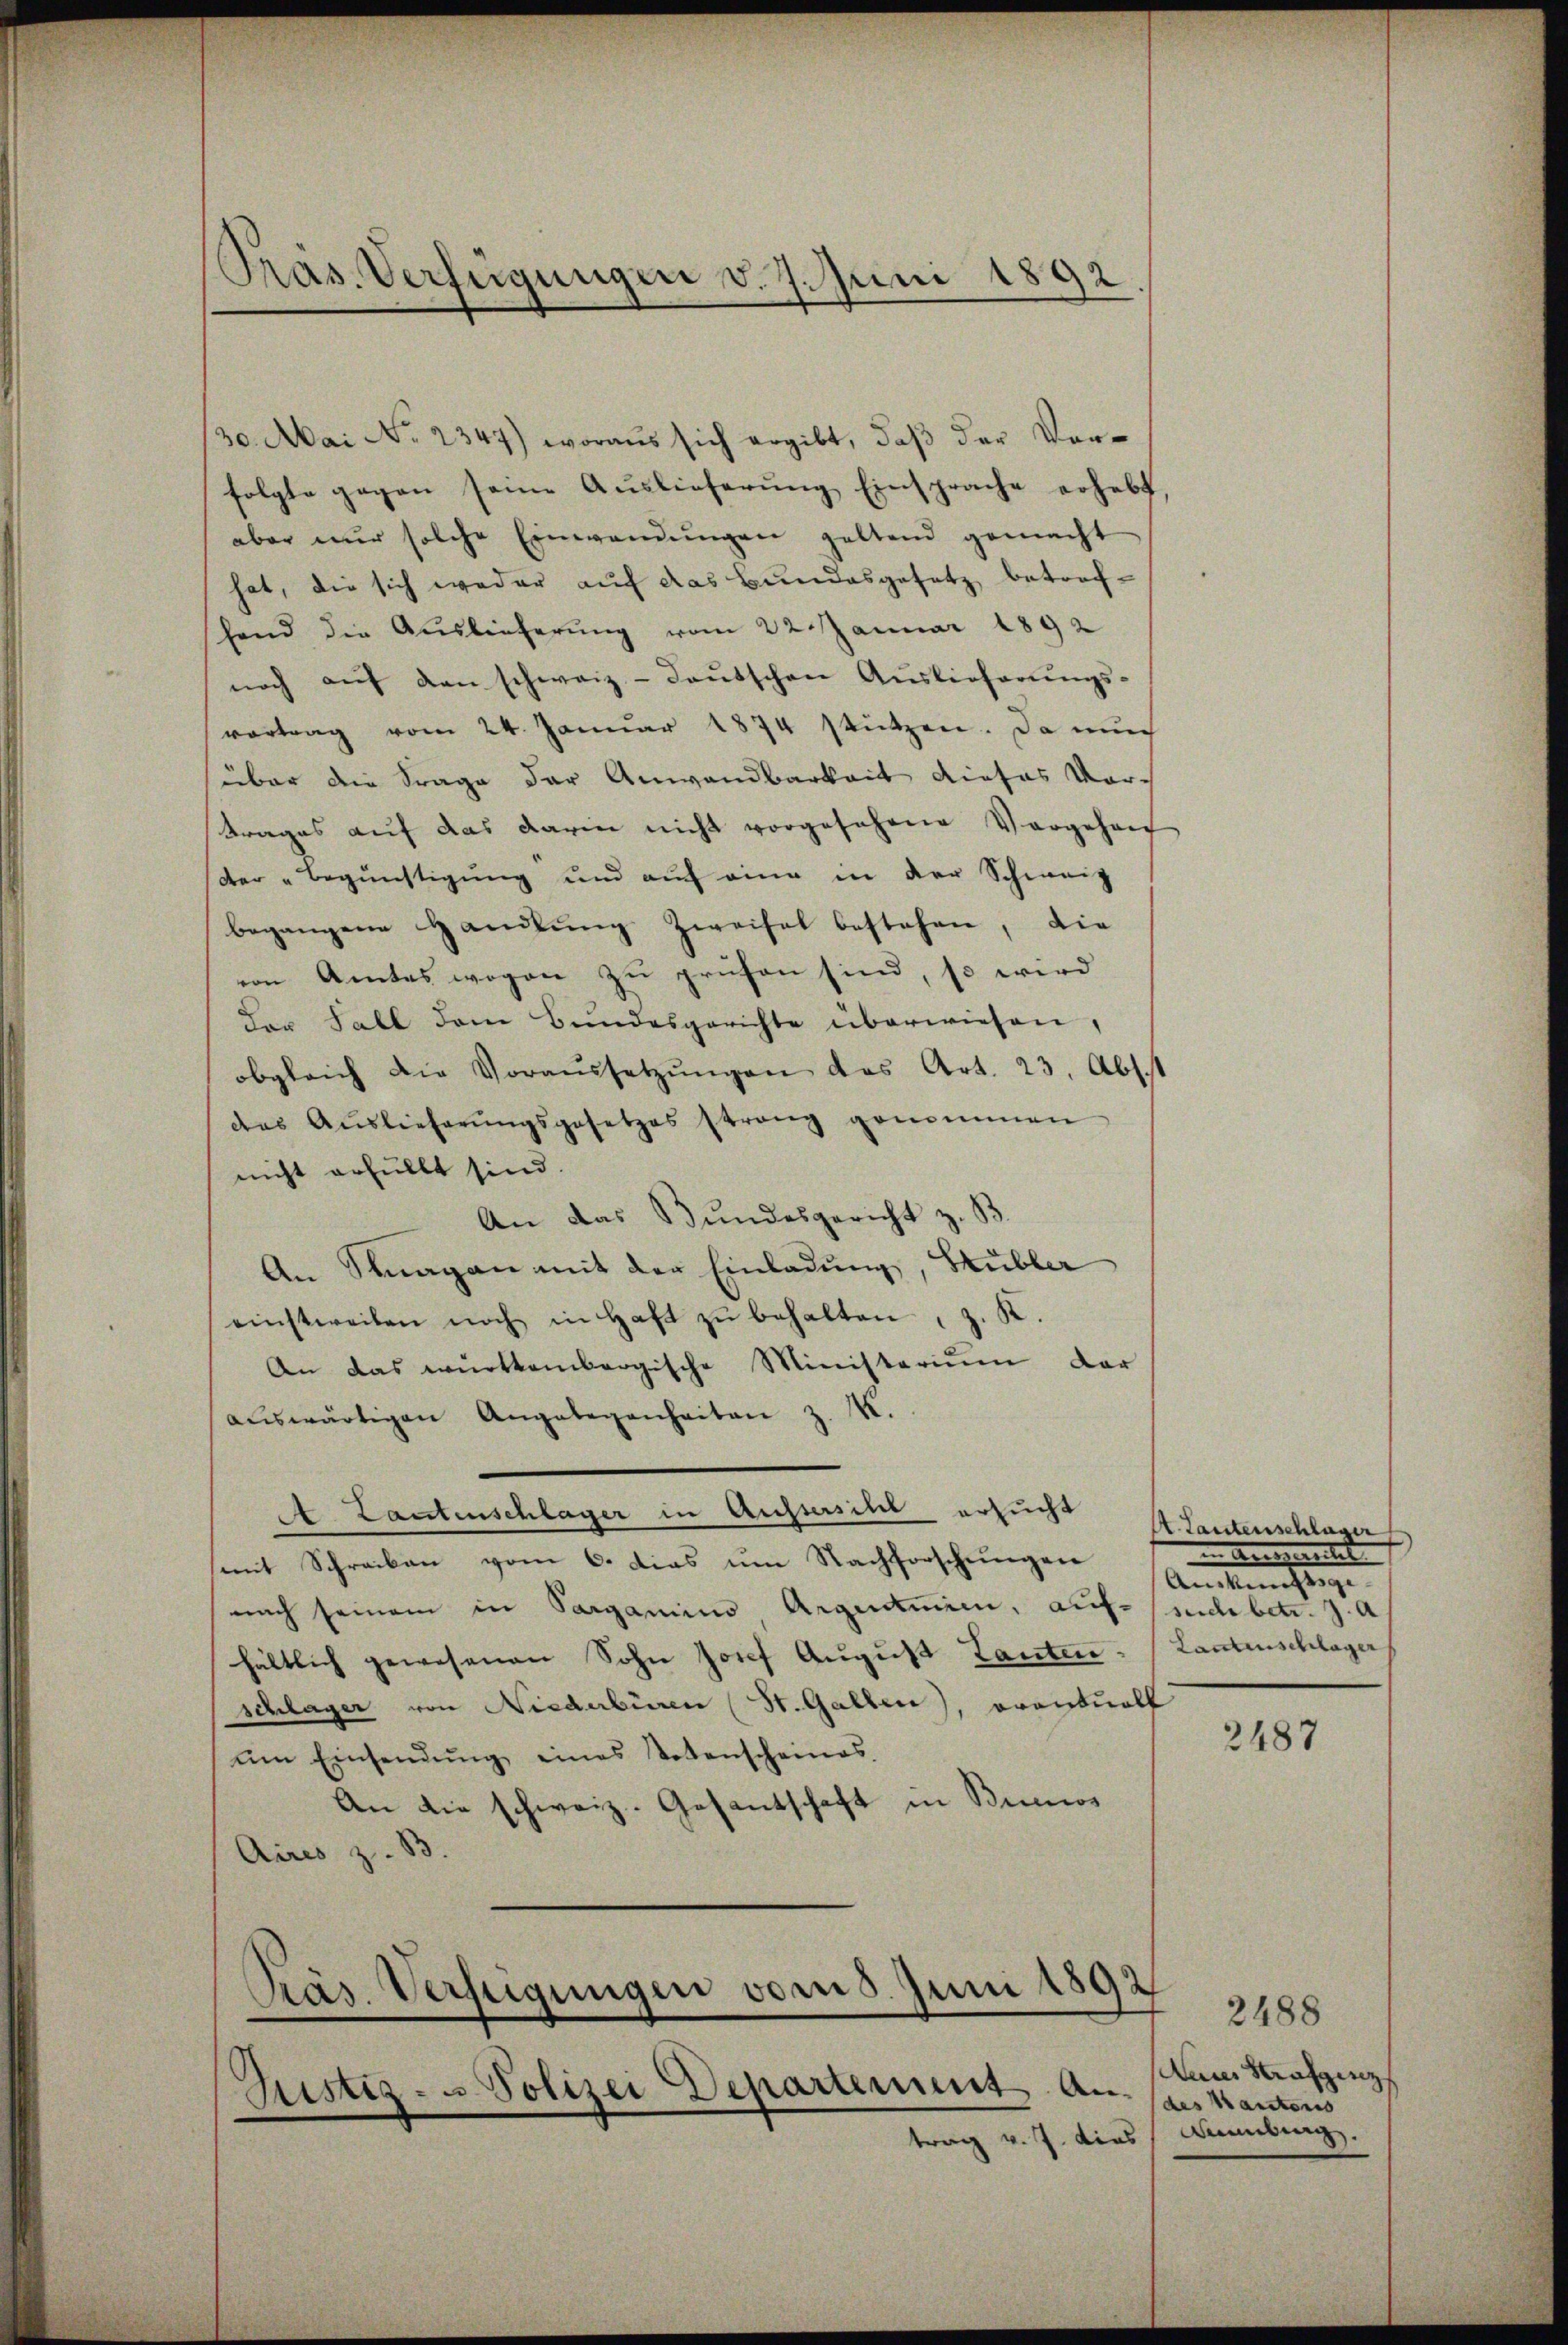
Präs. Verfügungen d. 7. Juni 1892

30. Mai No 2347) woraus sich ergibt, daβ der Vor-
folgte gegen seine Auslieferŭng Einsprache erhebt
aber nŭr solche Einwendŭngen geltend gemacht
hat, die sich weder auf das Bundesgesetz betrefhend die Auslieferung vom 22. Januar 1892
noch aŭf den schweiz.- deŭtschen Auslieferŭngs-
vortrag vom 24. Januar 1874 stützen. Da auch
süber die Frage der Anwandbarkeit dieses Vortrages aŭf das darin nicht vorgesehene Vorgehen
der Begünstigung und auf eine in der Schweiz
begangene Handlŭng Zweifel bestehen, die
von Amtes wegen zu prüfen sind, so wird
der Fall dem Bundesgerichte überwiesen,
obgleich die Voraŭssetzŭngen das Art. 23. Abs.
das Aŭslieferŭngsgesetzes strang genommen
nicht erfüllt sind.
An das Bundesgericht z. B.
An Stagan mit der Einladung, Subler
einstweilen noch in Haft zŭ behalten, z. K.
An das württembergische Ministerium dar
aŭswärtigen Angelegenheiten z. M.
A. Lantenschlager in Aussersihl ersucht
mit Schreiben vom 6. dies um Nachforschungen
nach seinem in Sarganis Argentuiren, aufsuch betr. J. a
hältlich gewesenen Sohn Josef August Lanten
schlager von Niederbüren (St. Gallen), orantwoll
ŭm Einsendŭng eines Votenscheines
An die schweiz. Gesantschaft in Buenos
Aires z. B.
Justiz- u Polizei Departement An

Präs. Verfügungen vom 5. Juni 1892

trag v. J. dies

A. Lautenschlaser
in Aneigereitet
Anteien eine einen
Lantenschlager

2487

2488
Aen Krafzenz
des Kantons
Ammling.